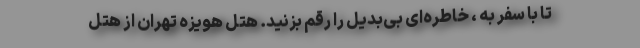
تا با سفر به ، خاطره‌ای بی‌بدیل را رقم بزنید. هتل هویزه تهران از هتل